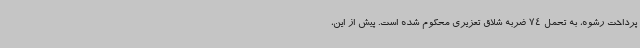
پرداخت رشوه، به تحمل 74 ضربه شلاق تعزیری محکوم شده است. پیش از این،